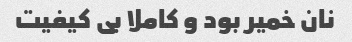
نان خمیر بود و کاملا بی کیفیت